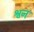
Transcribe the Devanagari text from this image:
श्वन